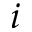
i